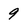
Character: 9